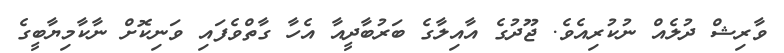
ވާރިޝް ދުލެއް ނުކުރިއެވެ. ޖޫދުގެ އާއިލާގެ ބަރުބާދީއާ އެހާ ގާތްވެފައި ވަނިކޮށް ނާކާމިޔާބީގެ